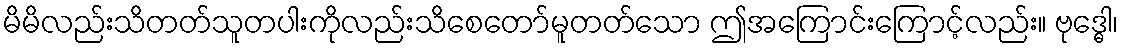
မိမိလည်းသိတတ်သူတပါးကိုလည်းသိစေတော်မူတတ်သော ဤအကြောင်းကြောင့်လည်း။ ဗုဒ္ဓေါ၊